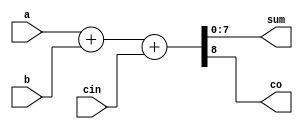
`timescale 1ns / 1ps
`default_nettype none

//////////////////////////////////////////////////////////////////////////////////
// Company: Ratner Engineering
// 
// Design Name: 
// Module Name: rca_nb
// Project Name: 
// Target Devices: 
// Tool Versions: 
// Description: n-bit RCA model
//
//   Usage (instantiation) example for 16-bit RCA  
//          (model defaults to 8-bit RCA)
//
//      rca_nb #(.n(16)) MY_RCA (
//          .a   (xxxx), 
//          .b   (xxxx), 
//          .cin (xxxx), 
//          .sum (xxxx), 
//          .co  (xxxx)
//          );  
// 
// Dependencies: 
// 
// Revision:
// Revision 1.00 - File Created: 07-04-2018
//          1.01 - Removed unused variable
//          1.02 - (11-24-2019) added macros; edited format
//          1.03 - (12-08-2020) changed positio of parameter
//          1.04 - (10-11-2021) added wire types to inputs
// Additional Comments:
// 
//////////////////////////////////////////////////////////////////////////////////


module rca_nb  #(parameter n=8) (
    input wire [n-1:0] a,
    input wire [n-1:0] b,
    input wire cin,
    output reg [n-1:0] sum,
    output reg co
    );
	

    always @ (*)
    begin
       {co,sum} = a + b + cin;    
    end
    
endmodule

`default_nettype wire